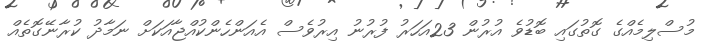
މުސްލިމެއްގެ ގޮތުގައި ބޮޑުވެ އުރުން 23އަހަރު ފުރުނު އިރުވެސް އެއަންހެންކުއްޖާއަކަށް ނަމާދު ކުރާނޭގޮތެއް